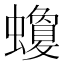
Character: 𧓬